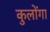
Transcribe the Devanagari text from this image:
कुलोंगा